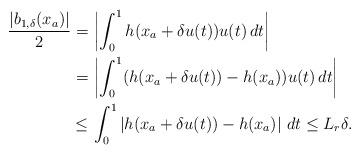
LaTeX: \begin{align*}\begin{aligned}\dfrac{|b_{1,\delta}(x_a)|}{2} =&\, \left|\int_0^1 h(x_a+\delta u(t)) u(t)\,dt\right| \\=&\,\left|\int_0^1 (h(x_a+\delta u(t))-h(x_a))u(t)\,dt\right| \\\le&\,\int_0^1 \left|h(x_a+\delta u(t))-h(x_a)\right|\,dt \le L_r \delta. \end{aligned}\end{align*}